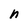
Character: n